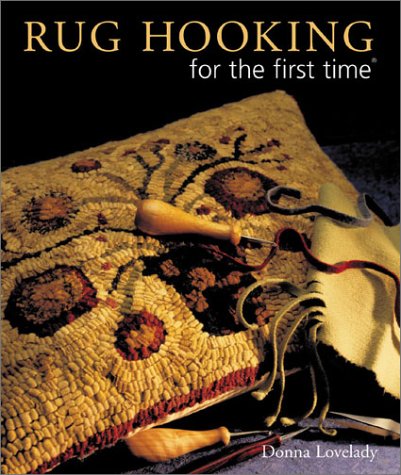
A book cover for Rug Hooking for the first time; Donna Lovelady; Crafts, Hobbies & Home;